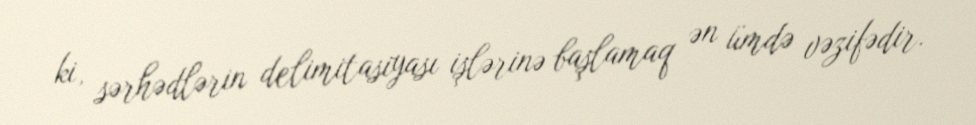
ki, sərhədlərin delimitasiyası işlərinə başlamaq ən ümdə vəzifədir.